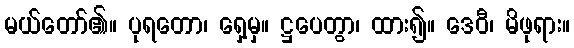
မယ်တော်၏။ ပုရတော၊ ရှေ့မှ။ ဋ္ဌပေတွာ၊ ထား၍။ ဒေဝီ၊ မိဖုရား။